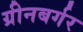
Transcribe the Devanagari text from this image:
ग्रीनबर्गर